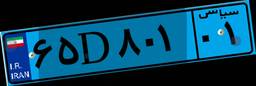
۶۵D۸۰۱۰۱